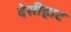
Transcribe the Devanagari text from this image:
देसीहाट